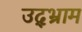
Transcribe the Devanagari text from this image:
उद्भ्राम